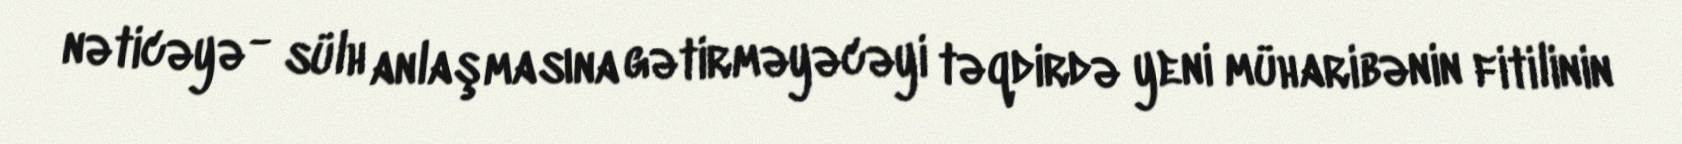
nəticəyə - sülh anlaşmasına gətirməyəcəyi təqdirdə yeni müharibənin fitilinin